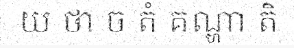
យ ថា ច តំ គណ្ហា តិ